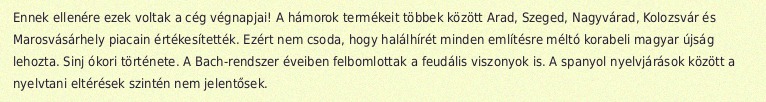
Ennek ellenére ezek voltak a cég végnapjai! A hámorok termékeit többek között Arad, Szeged, Nagyvárad, Kolozsvár és Marosvásárhely piacain értékesítették. Ezért nem csoda, hogy halálhírét minden említésre méltó korabeli magyar újság lehozta. Sinj ókori története. A Bach-rendszer éveiben felbomlottak a feudális viszonyok is. A spanyol nyelvjárások között a nyelvtani eltérések szintén nem jelentősek.